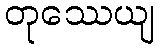
တုဿေယျ